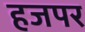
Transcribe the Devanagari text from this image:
हजपर